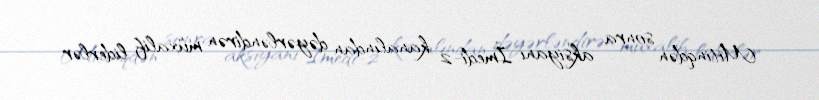
Mitinqdən sonra aksiyanı İmedi-2 kanalından dəyərləndirən müxalif liderlər